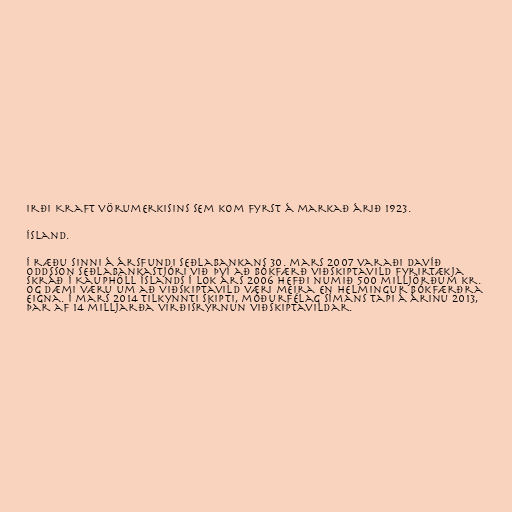
irði Kraft vörumerkisins sem kom fyrst á markað árið 1923.

Ísland.

Í ræðu sinni á ársfundi Seðlabankans 30. mars 2007 varaði Davíð
Oddsson seðlabankastjóri við því að bókfærð viðskiptavild fyrirtækja
skráð í Kauphöll Íslands í lok árs 2006 hefði numið 500 milljörðum kr.
og dæmi væru um að viðskiptavild væri meira en helmingur bókfærðra
eigna. Í mars 2014 tilkynnti Skipti, móðurfélag Símans tapi á árinu 2013,
þar af 14 milljarða virðisrýrnun viðskiptavildar.